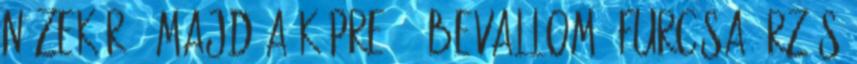
nézek rá, majd a képre. - Bevallom, furcsa érzés